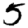
Digit: 5